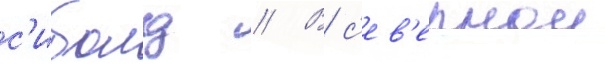
с'иболд // В с'ев'ернои